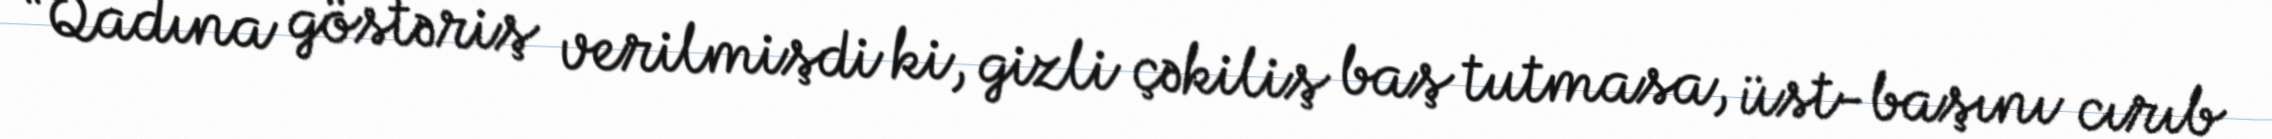
“Qadına göstəriş verilmişdi ki, gizli çəkiliş baş tutmasa, üst-başını cırıb